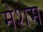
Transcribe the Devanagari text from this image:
मेशम